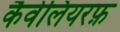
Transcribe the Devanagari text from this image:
कैवेलियरफ़